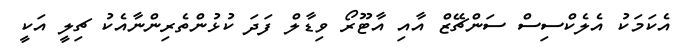
އެކަމަކު އެލެކްސިސް ސަންޗޭޒް އާއި އާޓޫރޯ ވިޑާލް ފަދަ ކުޅުންތެރިންނާއެކު ޗިލީ އަކީ